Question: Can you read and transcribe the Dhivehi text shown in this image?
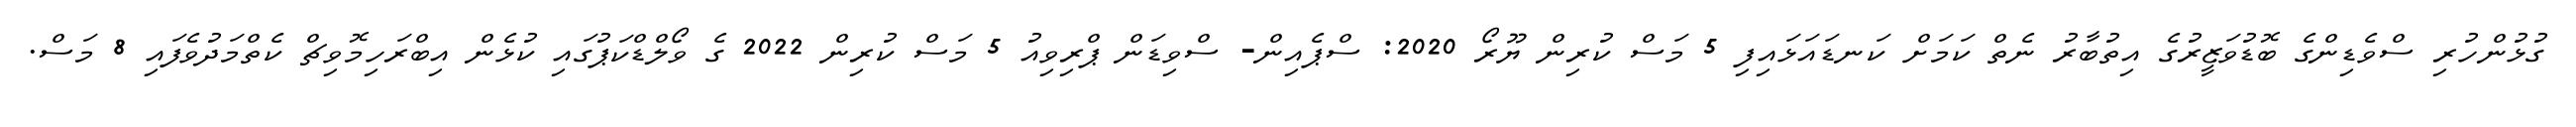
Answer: ގުޅުންހުރި ސްވެޑިންގެ ބޮޑުވަޒީރުގެ އިތުބާރު ނެތް ކަމަށް ކަނޑައަޅައިފި 5 މަސް ކުރިން ޔޫރޯ 2020: ސްޕެއިން- ސްވިޑަން ޕްރިވިއު 5 މަސް ކުރިން 2022 ގެ ވޯލްޑްކަޕުގައި ކުޅެން އިބްރަހިމޮވިޗް ކެތްމަދުވެފައި 8 މަސް.